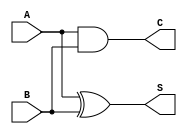
module current_mode_half_adder (
    input wire A,  // Current input for first binary bit
    input wire B,  // Current input for second binary bit
    output wire S, // Current output for sum
    output wire C  // Current output for carry
);

// Internal signals for current representation
wire A_current;
wire B_current;

// Logic for Sum (S) - A XOR B
assign S = A ^ B; // Sum is high when A or B is high, but not both

// Logic for Carry (C) - A AND B
assign C = A & B; // Carry is high when both A and B are high

endmodule